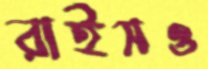
রাইসও